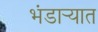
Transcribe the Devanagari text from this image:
भंडार्‍यात